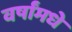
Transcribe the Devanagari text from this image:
वर्षांमधे